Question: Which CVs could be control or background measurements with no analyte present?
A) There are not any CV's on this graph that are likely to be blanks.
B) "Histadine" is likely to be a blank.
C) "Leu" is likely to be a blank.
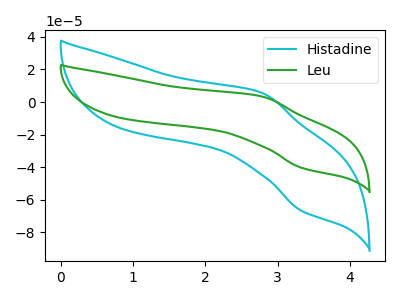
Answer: <think>The cyan curve "Histadine" has an anodic peak at (2.80V, 5.65uA) and a cathodic peak at (3.35V, -66.60uA). The green curve "Leu" has an anodic peak at (2.80V, 3.45uA) and a cathodic peak at (3.35V, -40.30uA).</think>
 <answer>A) There are not any CV's on this graph that are likely to be blanks.</answer>
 <eval>A</eval>